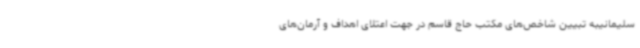
سلیمانیبه تبیین شاخص‌های مکتب حاج قاسم در جهت اعتلای اهداف و آرمان‌های